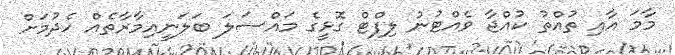
މާމަ އާއި ތުއްތު ކުއްޖާ ވެއްޓުނު ލިފްޓް ގޮޅީގެ މައްސަލަ ބަލަނީއިމާރާތެއް ހެދުމަށް